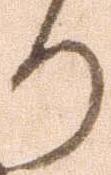
り